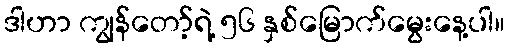
ဒါဟာ ကျွန်တော့်ရဲ့ ၅၆ နှစ်မြောက်မွေးနေ့ပါ။